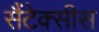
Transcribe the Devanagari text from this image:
सैंटेक्सीस